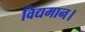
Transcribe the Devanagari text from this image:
विद्यमान।